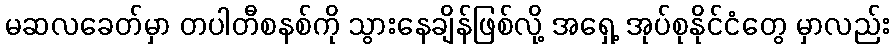
မဆလခေတ်မှာ တပါတီစနစ်ကို သွားနေချိန်ဖြစ်လို့ အရှေ့ အုပ်စုနိုင်ငံတွေ မှာလည်း